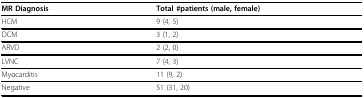
| MR Diagnosis | Total #patients (male, female) |
 | --- | --- |
 | HCM | 9 (4, 5) |
 | DCM | 3 (1, 2) |
 | ARVD | 2 (2, 0) |
 | LVNC | 7 (4, 3) |
 | Myocarditis | 11 (9, 2) |
 | Negative | 51 (31, 20) |